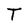
Character: T